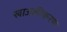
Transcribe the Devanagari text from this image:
खाजकीकरण